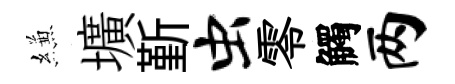
縑壙斳虫零觸两